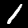
Label: 1